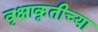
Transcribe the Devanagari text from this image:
वृक्षाकृतीच्या